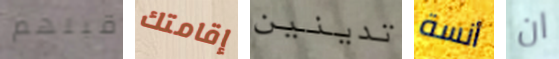
قبلهم إقامتك تدينين أنسة ان